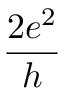
\frac { 2 e ^ { 2 } } { h }